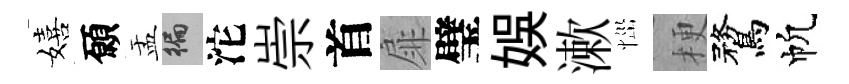
嬉願盂徧沱崇首扉璧娱漱𢙉梗鶩帆